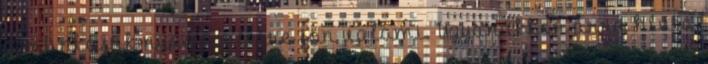
a munkájuk nyomán létre jön valami. Ugyanakkor arra hívta